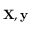
\mathbf { X } , \mathbf { y }